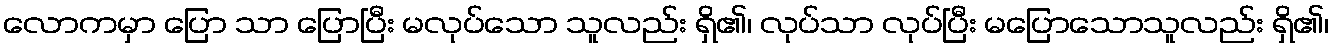
လောကမှာ ပြော သာ ပြောပြီး မလုပ်သော သူလည်း ရှိ၏၊ လုပ်သာ လုပ်ပြီး မပြောသောသူလည်း ရှိ၏၊